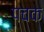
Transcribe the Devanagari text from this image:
पचक